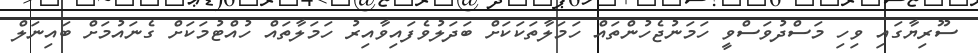
ސޫރިޔާގައި ވިހި މަސްދުވަސްވީ ހަމަނުޖެހުންތައް ހަމަލާތަކަކަށް ބަދަލުވެފައިވާއިރު ހަމަލާތައް ހުއްޓުމަކަށް ގެނައުމަށް ބައިނަލް